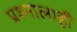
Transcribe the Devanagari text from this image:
प्रश्नालाही